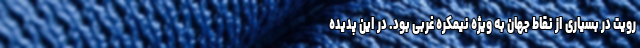
رویت در بسیاری از نقاط جهان به ویژه نیمکره غربی بود. در این پدیده